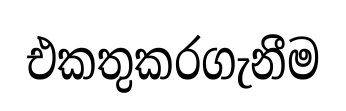
එකතුකරගැනීම